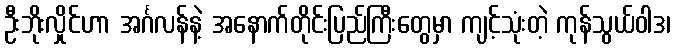
ဦးဘိုးလှိုင်ဟာ အင်္ဂလန်နဲ့ အနောက်တိုင်းပြည်ကြီးတွေမှာ ကျင့်သုံးတဲ့ ကုန်သွယ်ဝါဒ၊